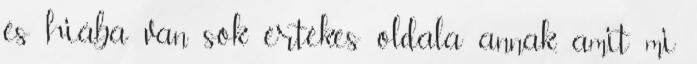
és hiába van sok értékes oldala annak, amit mi